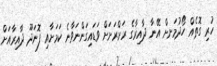
ހުރި ގޮތެއް ހޯދުމަށށް އޭނާ ދާއިރާގެ ރަށްރަށަށް ވަޑައިގަންނަވާނެ ކަމަށާއި ފޮނަދޫ ދާއިރާއަށް